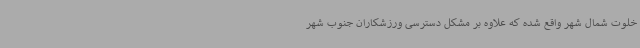
خلوت شمال شهر واقع شده که علاوه بر مشکل دسترسی ورزشکاران جنوب شهر